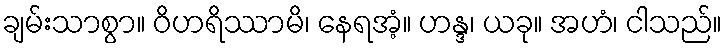
ချမ်းသာစွာ။ ဝိဟရိဿာမိ၊ နေရအံ့။ ဟန္ဒ၊ ယခု။ အဟံ၊ ငါသည်။